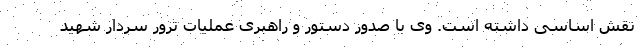
نقش اساسی داشته است. وی با صدور دستور و راهبری عملیات ترور سردار شهید